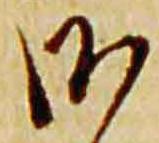
御